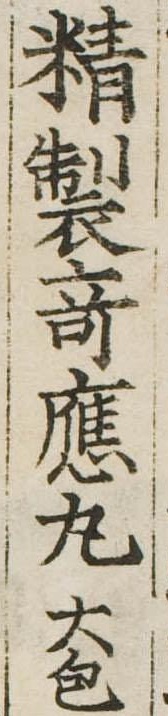
精製奇応丸大包